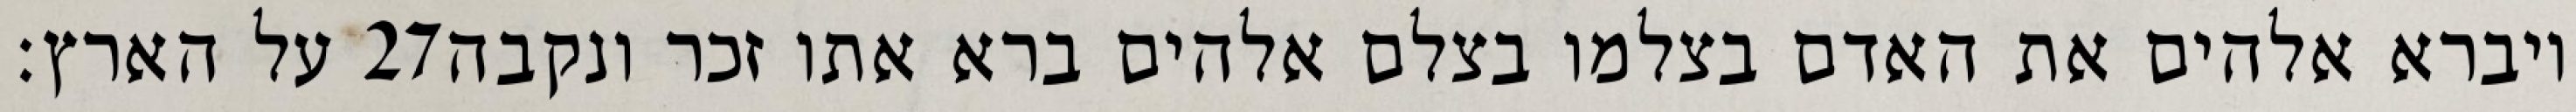
על הארץ׃ ‎27‏ ויברא אלהים את האדם בצלמו בצלם אלהים ברא אתו זכר ונקבה